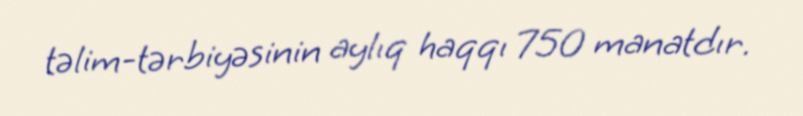
təlim-tərbiyəsinin aylıq haqqı 750 manatdır.